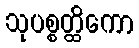
သုပစ္စတ္ထိကော